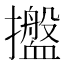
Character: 𢹋